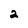
Character: 2